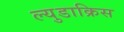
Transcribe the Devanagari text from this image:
ल्युडाक्रिस